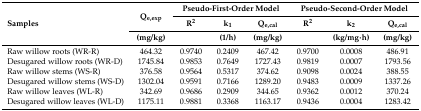
| <ROWSPAN=3> Samples | <ROWSPAN=2> Qe,exp | <COLSPAN=3> Pseudo-First-Order Model | <COLSPAN=3> Pseudo-Second-Order Model |
 | R2 | k1 | Qe,cal | R2 | k2 | Qe,cal |
 | (mg/kg) |  | (1/h) | (mg/kg) |  | (kg/mg·h) | (mg/kg) |
 | --- | --- | --- | --- | --- | --- | --- | --- |
 | Raw willow roots (WR-R) | 464.32 | 0.9740 | 0.2409 | 467.42 | 0.9700 | 0.0008 | 486.91 |
 | Desugared willow roots (WR-D) | 1745.84 | 0.9853 | 0.7649 | 1727.43 | 0.9819 | 0.0007 | 1793.56 |
 | Raw willow stems (WS-R) | 376.58 | 0.9564 | 0.5317 | 374.62 | 0.9098 | 0.0024 | 388.55 |
 | Desugared willow stems (WS-D) | 1302.04 | 0.9591 | 0.7166 | 1289.20 | 0.9483 | 0.0009 | 1337.26 |
 | Raw willow leaves (WL-R) | 342.69 | 0.9686 | 0.2909 | 344.65 | 0.9362 | 0.0012 | 370.24 |
 | Desugared willow leaves (WL-D) | 1175.11 | 0.9881 | 0.3368 | 1163.17 | 0.9436 | 0.0004 | 1283.42 |